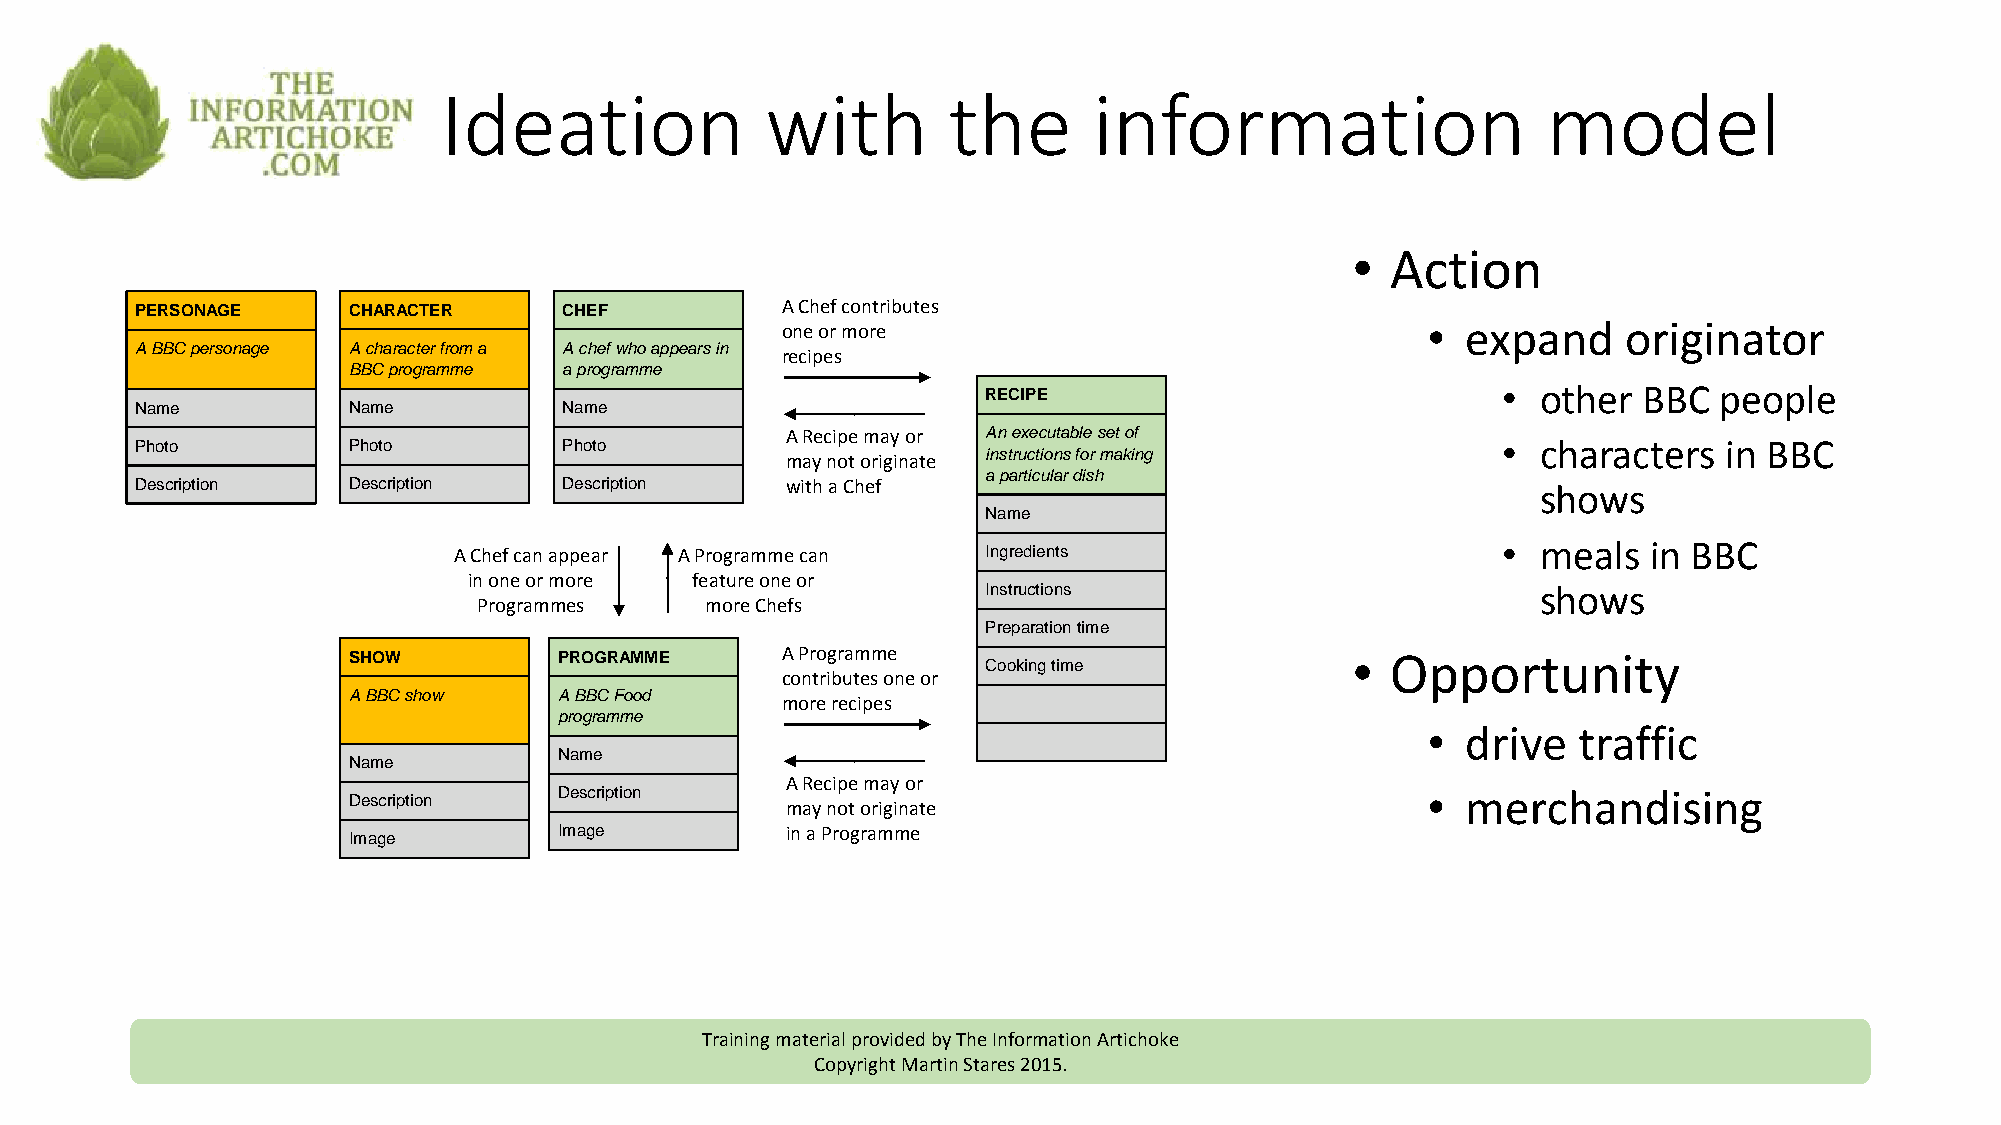
Ideation              with        the      information                   model
 •  Action
 PERSONAGE     CHARACTER     CHEF           A Chef contributes
 one or more                               •  expand     originator
 A BBCpersonage A character from a A chef who appears in recipes
 BBC programme a programme
 RECIPE                            •  other  BBC  people
 Name          Name          Name
 A Recipe may or An executable set of
 Photo         Photo         Photo                                                         •  characters  in BBC
 instructions formaking
 may not originate
 a particular dish
 Description   Description   Description    with a Chef                                       shows
 Name
 •  meals  in BBC
 A Chef can appear A Programme can  Ingredients
 in one or more feature one or
 Instructions                         shows
 Programmes     more Chefs
 Preparationtime
 SHOW          PROGRAMME      A Programme                          •  Opportunity
 Cooking time
 contributes one or
 A BBC show    A BBC Food
 more recipes
 programme
 •  drive  traffic
 Name
 Name
 A Recipe may or
 Description                                              •  merchandising
 Description
 may not originate
 Image          in a Programme
 Image
 Training material provided by The Information Artichoke
 Copyright Martin Stares 2015.